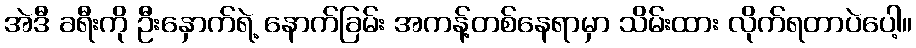
အဲဒီ ခရီးကို ဦးနှောက်ရဲ့ နောက်ခြမ်း အကန့်တစ်နေရာမှာ သိမ်းထား လိုက်ရတာပဲပေါ့။